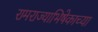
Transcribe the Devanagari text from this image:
रामराज्याभिषेकाच्या